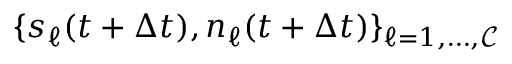
\{ s _ { \ell } ( t + \Delta t ) , n _ { \ell } ( t + \Delta t ) \} _ { \ell = 1 , \dots , \mathcal { C } }